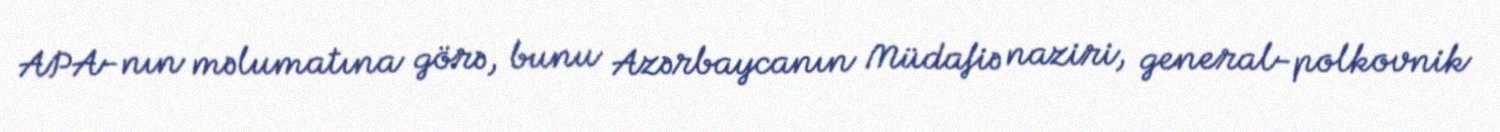
APA-nın məlumatına görə, bunu Azərbaycanın Müdafiə naziri, general-polkovnik